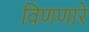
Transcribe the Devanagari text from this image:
विणणारे